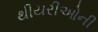
થીયરીઓની